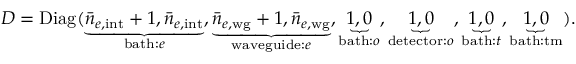
D = \mathrm { D i a g } ( \underbrace { \bar { n } _ { e , \mathrm { i n t } } + 1 , \bar { n } _ { e , \mathrm { i n t } } } _ { \mathrm { b a t h : } e } , \underbrace { \bar { n } _ { e , \mathrm { w g } } + 1 , \bar { n } _ { e , \mathrm { w g } } } _ { \mathrm { w a v e g u i d e : } e } , \underbrace { 1 , 0 } _ { \mathrm { b a t h : } o } , \underbrace { 1 , 0 } _ { \mathrm { d e t e c t o r : } o } , \underbrace { 1 , 0 } _ { \mathrm { b a t h : } t } , \underbrace { 1 , 0 } _ { \mathrm { b a t h : } \mathrm { t m } } ) .